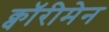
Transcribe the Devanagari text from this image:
क्वॉरीमेन